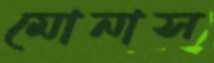
মোনাস